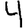
Digit: 4